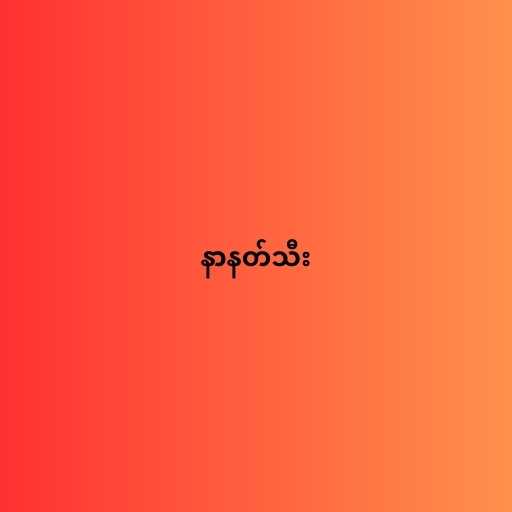
နာနတ်သီး